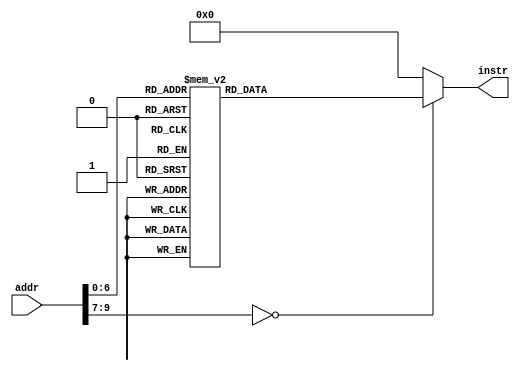
// this file is generated automatically
module Imem (
	input [9:0] addr,
	output reg[31:0] instr
);
	always @(addr) begin
		case (addr)
			10'b0000000000 : instr = 32'h00500493;
			10'b0000000001 : instr = 32'h0140006f;
			10'b0000000010 : instr = 32'h00100493;
			10'b0000000011 : instr = 32'h00200913;
			10'b0000000100 : instr = 32'h00300993;
			10'b0000000101 : instr = 32'h00400a13;
			10'b0000000110 : instr = 32'h0140006f;
			10'b0000000111 : instr = 32'h00100493;
			10'b0000001000 : instr = 32'h00200913;
			10'b0000001001 : instr = 32'h00300993;
			10'b0000001010 : instr = 32'h00400a13;
			10'b0000001011 : instr = 32'h0140006f;
			10'b0000001100 : instr = 32'h00100493;
			10'b0000001101 : instr = 32'h00200913;
			10'b0000001110 : instr = 32'h00300993;
			10'b0000001111 : instr = 32'h00400a13;
			10'b0000010000 : instr = 32'h0140006f;
			10'b0000010001 : instr = 32'h00100493;
			10'b0000010010 : instr = 32'h00200913;
			10'b0000010011 : instr = 32'h00300993;
			10'b0000010100 : instr = 32'h00400a13;
			10'b0000010101 : instr = 32'h0140006f;
			10'b0000010110 : instr = 32'h00100493;
			10'b0000010111 : instr = 32'h00200913;
			10'b0000011000 : instr = 32'h00300993;
			10'b0000011001 : instr = 32'h00400a13;
			10'b0000011010 : instr = 32'h0140006f;
			10'b0000011011 : instr = 32'h00100493;
			10'b0000011100 : instr = 32'h00200913;
			10'b0000011101 : instr = 32'h00300993;
			10'b0000011110 : instr = 32'h00400a13;
			10'b0000011111 : instr = 32'h0140006f;
			10'b0000100000 : instr = 32'h00100493;
			10'b0000100001 : instr = 32'h00200913;
			10'b0000100010 : instr = 32'h00300993;
			10'b0000100011 : instr = 32'h00400a13;
			10'b0000100100 : instr = 32'h0140006f;
			10'b0000100101 : instr = 32'h00100493;
			10'b0000100110 : instr = 32'h00200913;
			10'b0000100111 : instr = 32'h00300993;
			10'b0000101000 : instr = 32'h00400a13;
			10'b0000101001 : instr = 32'hfff48493;
			10'b0000101010 : instr = 32'hf80492e3;
			10'b0000101011 : instr = 32'h00100413;
			10'b0000101100 : instr = 32'h0ff00913;
			10'b0000101101 : instr = 32'h00100493;
			10'b0000101110 : instr = 32'h00300993;
			10'b0000101111 : instr = 32'h01240c63;
			10'b0000110000 : instr = 32'h00840a63;
			10'b0000110001 : instr = 32'h00100493;
			10'b0000110010 : instr = 32'h00200913;
			10'b0000110011 : instr = 32'h00300993;
			10'b0000110100 : instr = 32'h00400a13;
			10'b0000110101 : instr = 32'h00949a63;
			10'b0000110110 : instr = 32'h01249863;
			10'b0000110111 : instr = 32'h00100493;
			10'b0000111000 : instr = 32'h00200913;
			10'b0000111001 : instr = 32'h00300993;
			10'b0000111010 : instr = 32'h00c000ef;
			10'b0000111011 : instr = 32'h00a00893;
			10'b0000111100 : instr = 32'h00000073;
			10'b0000111101 : instr = 32'h00000413;
			10'b0000111110 : instr = 32'h00140413;
			10'b0000111111 : instr = 32'h00800533;
			10'b0001000000 : instr = 32'h02200893;
			10'b0001000001 : instr = 32'h00000073;
			10'b0001000010 : instr = 32'h00008067
;
			default: instr = 0;
		endcase
	end
endmodule